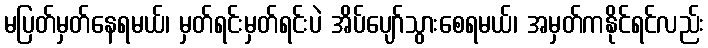
မပြတ်မှတ်နေရမယ်၊ မှတ်ရင်းမှတ်ရင်းပဲ အိပ်ပျော်သွားစေရမယ်၊ အမှတ်ကနိုင်ရင်လည်း